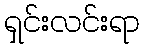
ရှင်းလင်းရာ